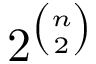
2 ^ { \binom { n } { 2 } }